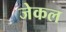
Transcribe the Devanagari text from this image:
जेकल